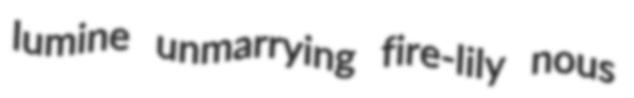
lumine unmarrying fire-lily nous